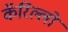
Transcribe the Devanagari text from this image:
कॅरिल्लो